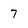
Character: 7